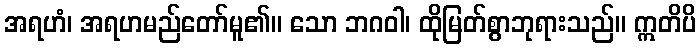
အရဟံ၊ အရဟမည်တော်မူ၏။ သော ဘဂဝါ၊ ထိုမြတ်စွာဘုရားသည်။ ဣတိပိ